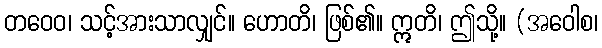
တဝေဝ၊ သင့်အားသာလျှင်။ ဟောတိ၊ ဖြစ်၏။ ဣတိ၊ ဤသို့။ (အဝေါစ၊